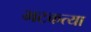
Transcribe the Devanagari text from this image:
भटकत्या